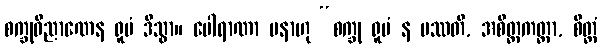
စက္ခုဝိညာဏေန ရူပံ ဒိသွာ။ ပေါရာဏာ ပနာဟု “စက္ခု ရူပံ န ပဿတိ, အစိတ္တကတ္တာ, စိတ္တံ